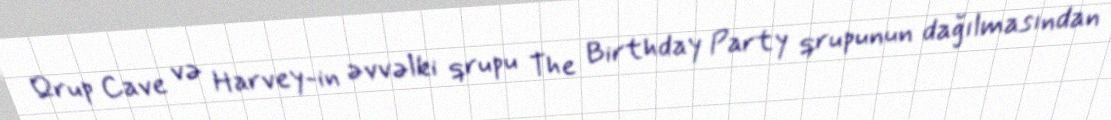
Qrup Cave və Harvey-in əvvəlki qrupu The Birthday Party qrupunun dağılmasından